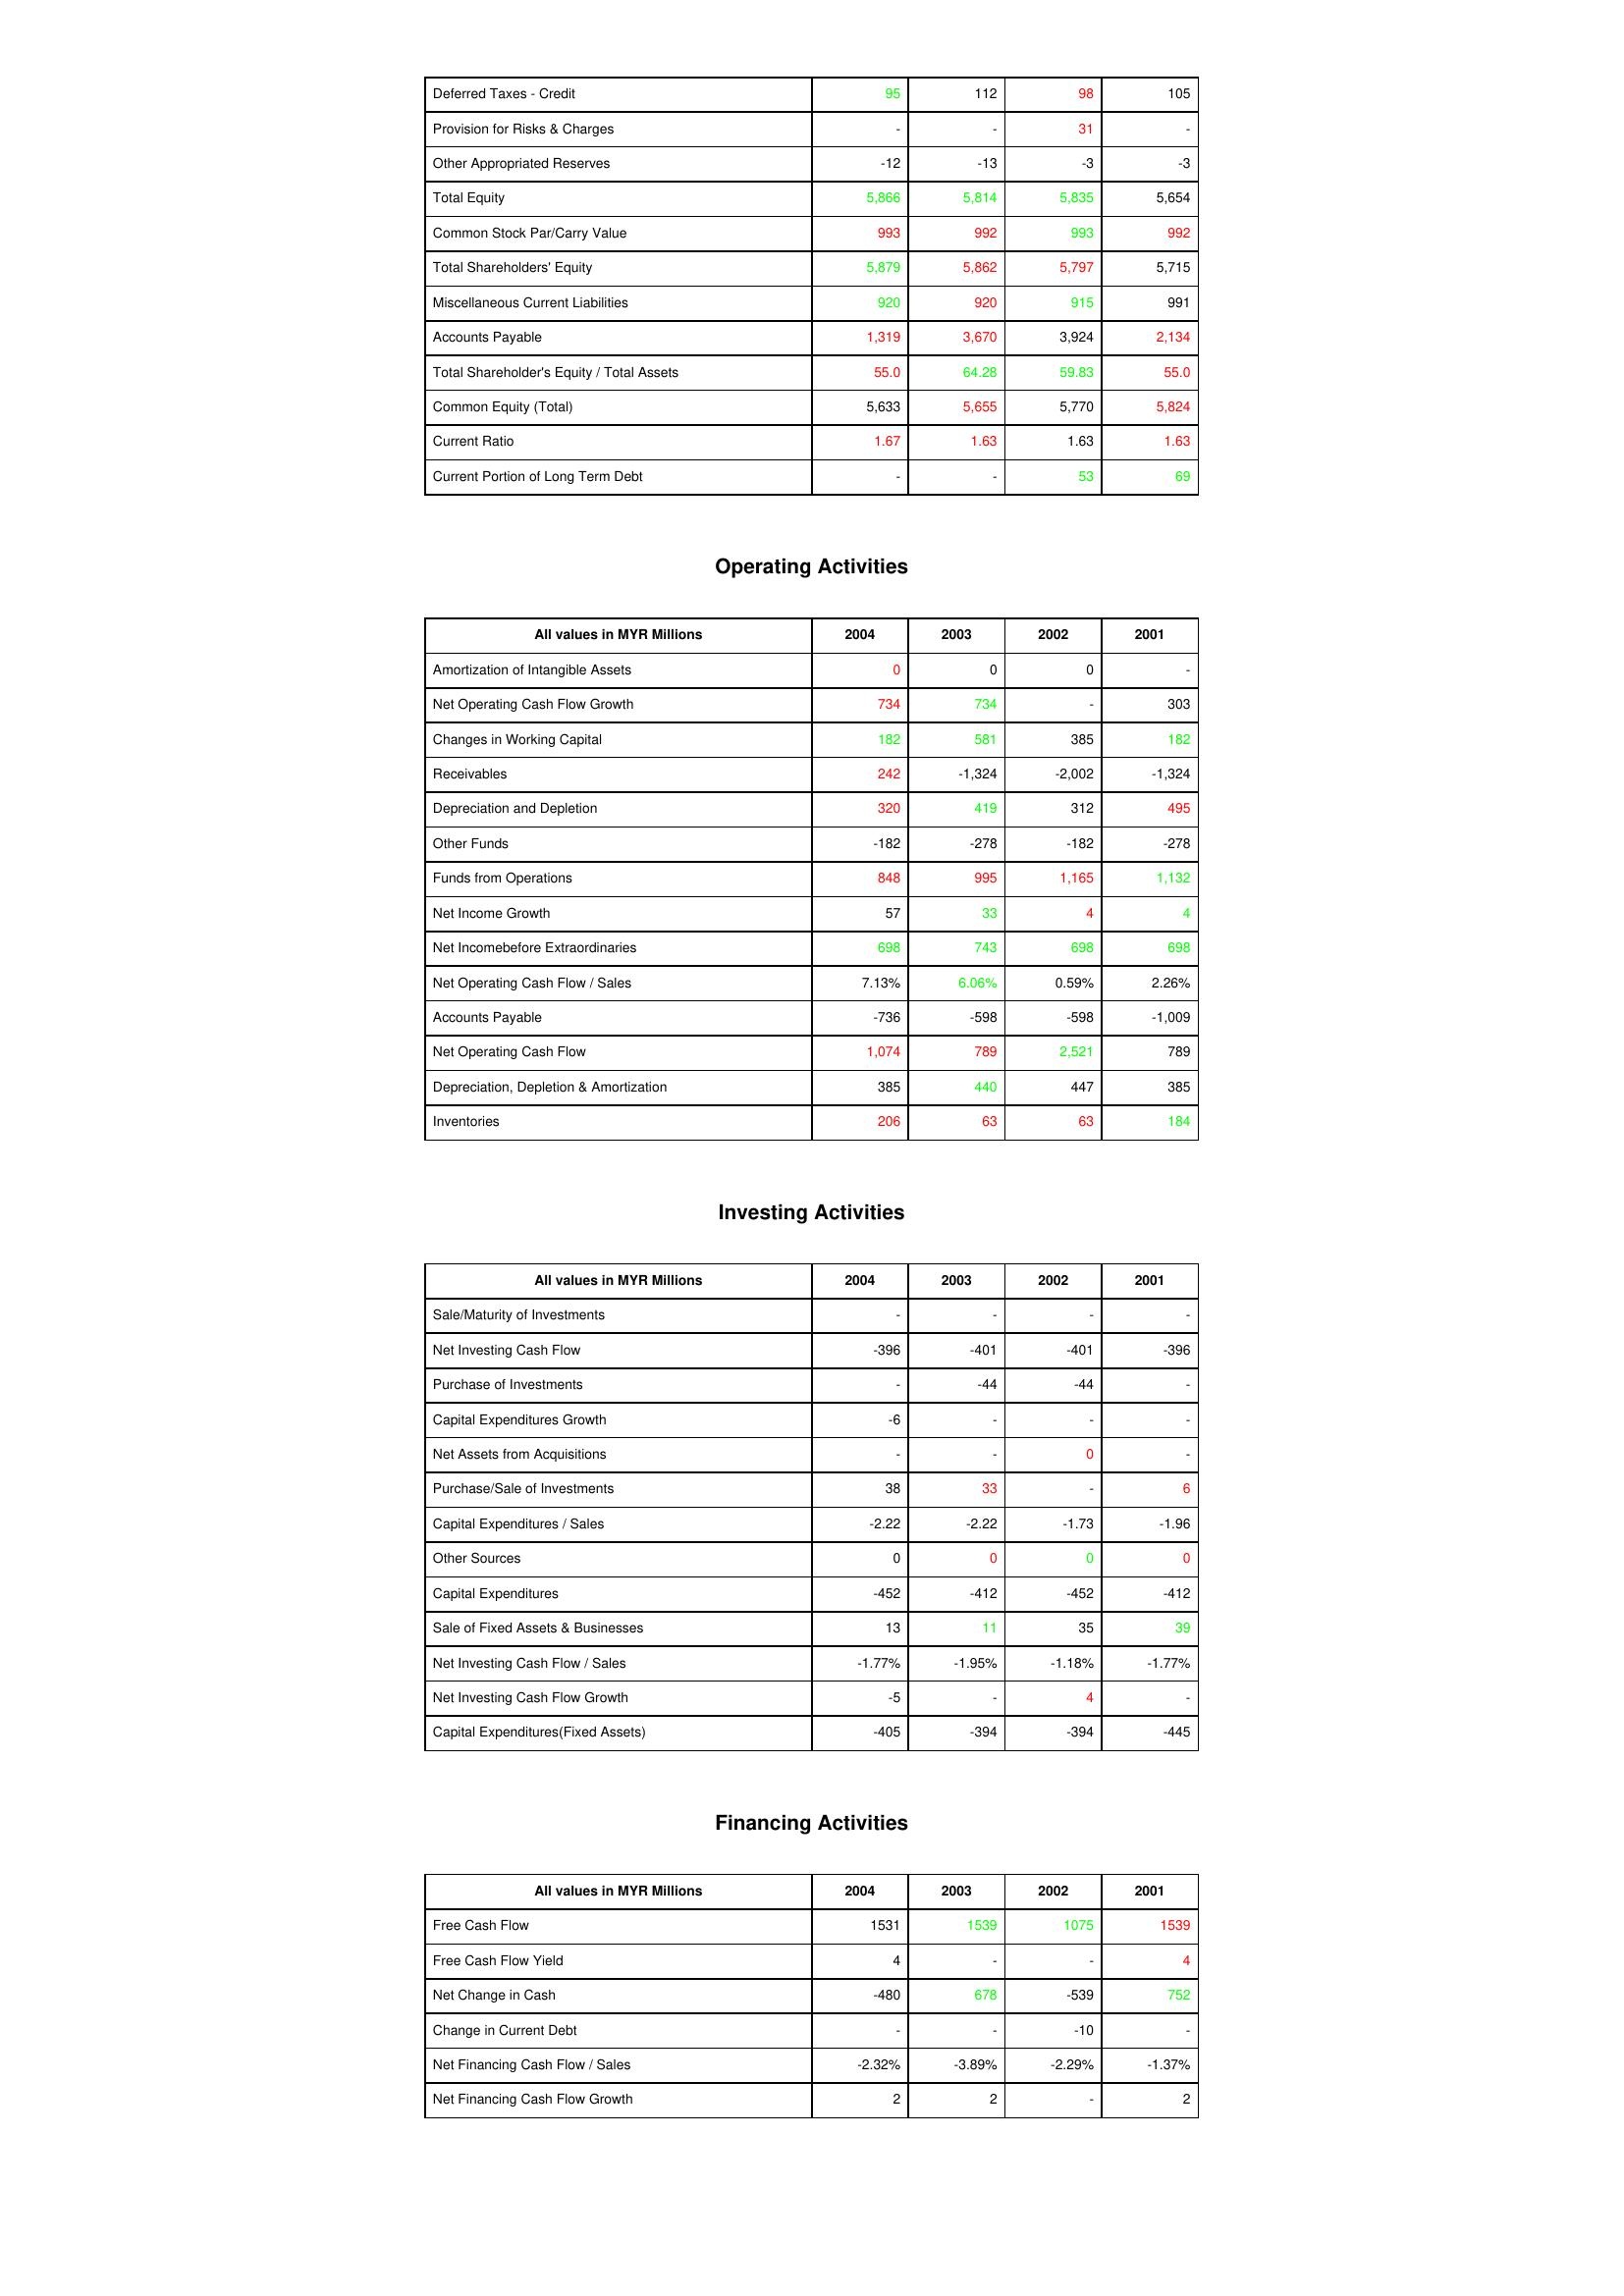
gt_parse: 2004: Liabilities & Shareholder's Equity: Deferred Taxes - Credit: 95
Provision for Risks & Charges: -
Other Appropriated Reserves: -12
Total Equity: 5,866
Common Stock Par/Carry Value: 993
Total Shareholders' Equity: 5,879
Miscellaneous Current Liabilities: 920
Accounts Payable: 1,319
Total Shareholder's Equity / Total Assets: 55.0
Common Equity (Total): 5,633
Current Ratio: 1.67
Current Portion of Long Term Debt: -
Operating Activities: Amortization of Intangible Assets: 0
Net Operating Cash Flow Growth: 734
Changes in Working Capital: 182
Receivables: 242
Depreciation and Depletion: 320
Other Funds: -182
Funds from Operations: 848
Net Income Growth: 57
Net Incomebefore Extraordinaries: 698
Net Operating Cash Flow / Sales: 7.13%
Accounts Payable: -736
Net Operating Cash Flow: 1,074
Depreciation, Depletion & Amortization: 385
Inventories: 206
Investing Activities: Sale/Maturity of Investments: -
Net Investing Cash Flow: -396
Purchase of Investments: -
Capital Expenditures Growth: -6
Net Assets from Acquisitions: -
Purchase/Sale of Investments: 38
Capital Expenditures / Sales: -2.22
Other Sources: 0
Capital Expenditures: -452
Sale of Fixed Assets & Businesses: 13
Net Investing Cash Flow / Sales: -1.77%
Net Investing Cash Flow Growth: -5
Capital Expenditures(Fixed Assets): -405
Financing Activities: Free Cash Flow: 1531
Free Cash Flow Yield: 4
Net Change in Cash: -480
Change in Current Debt: -
Net Financing Cash Flow / Sales: -2.32%
Net Financing Cash Flow Growth: 2
2003: Liabilities & Shareholder's Equity: Deferred Taxes - Credit: 112
Provision for Risks & Charges: -
Other Appropriated Reserves: -13
Total Equity: 5,814
Common Stock Par/Carry Value: 992
Total Shareholders' Equity: 5,862
Miscellaneous Current Liabilities: 920
Accounts Payable: 3,670
Total Shareholder's Equity / Total Assets: 64.28
Common Equity (Total): 5,655
Current Ratio: 1.63
Current Portion of Long Term Debt: -
Operating Activities: Amortization of Intangible Assets: 0
Net Operating Cash Flow Growth: 734
Changes in Working Capital: 581
Receivables: -1,324
Depreciation and Depletion: 419
Other Funds: -278
Funds from Operations: 995
Net Income Growth: 33
Net Incomebefore Extraordinaries: 743
Net Operating Cash Flow / Sales: 6.06%
Accounts Payable: -598
Net Operating Cash Flow: 789
Depreciation, Depletion & Amortization: 440
Inventories: 63
Investing Activities: Sale/Maturity of Investments: -
Net Investing Cash Flow: -401
Purchase of Investments: -44
Capital Expenditures Growth: -
Net Assets from Acquisitions: -
Purchase/Sale of Investments: 33
Capital Expenditures / Sales: -2.22
Other Sources: 0
Capital Expenditures: -412
Sale of Fixed Assets & Businesses: 11
Net Investing Cash Flow / Sales: -1.95%
Net Investing Cash Flow Growth: -
Capital Expenditures(Fixed Assets): -394
Financing Activities: Free Cash Flow: 1539
Free Cash Flow Yield: -
Net Change in Cash: 678
Change in Current Debt: -
Net Financing Cash Flow / Sales: -3.89%
Net Financing Cash Flow Growth: 2
2002: Liabilities & Shareholder's Equity: Deferred Taxes - Credit: 98
Provision for Risks & Charges: 31
Other Appropriated Reserves: -3
Total Equity: 5,835
Common Stock Par/Carry Value: 993
Total Shareholders' Equity: 5,797
Miscellaneous Current Liabilities: 915
Accounts Payable: 3,924
Total Shareholder's Equity / Total Assets: 59.83
Common Equity (Total): 5,770
Current Ratio: 1.63
Current Portion of Long Term Debt: 53
Operating Activities: Amortization of Intangible Assets: 0
Net Operating Cash Flow Growth: -
Changes in Working Capital: 385
Receivables: -2,002
Depreciation and Depletion: 312
Other Funds: -182
Funds from Operations: 1,165
Net Income Growth: 4
Net Incomebefore Extraordinaries: 698
Net Operating Cash Flow / Sales: 0.59%
Accounts Payable: -598
Net Operating Cash Flow: 2,521
Depreciation, Depletion & Amortization: 447
Inventories: 63
Investing Activities: Sale/Maturity of Investments: -
Net Investing Cash Flow: -401
Purchase of Investments: -44
Capital Expenditures Growth: -
Net Assets from Acquisitions: 0
Purchase/Sale of Investments: -
Capital Expenditures / Sales: -1.73
Other Sources: 0
Capital Expenditures: -452
Sale of Fixed Assets & Businesses: 35
Net Investing Cash Flow / Sales: -1.18%
Net Investing Cash Flow Growth: 4
Capital Expenditures(Fixed Assets): -394
Financing Activities: Free Cash Flow: 1075
Free Cash Flow Yield: -
Net Change in Cash: -539
Change in Current Debt: -10
Net Financing Cash Flow / Sales: -2.29%
Net Financing Cash Flow Growth: -
2001: Liabilities & Shareholder's Equity: Deferred Taxes - Credit: 105
Provision for Risks & Charges: -
Other Appropriated Reserves: -3
Total Equity: 5,654
Common Stock Par/Carry Value: 992
Total Shareholders' Equity: 5,715
Miscellaneous Current Liabilities: 991
Accounts Payable: 2,134
Total Shareholder's Equity / Total Assets: 55.0
Common Equity (Total): 5,824
Current Ratio: 1.63
Current Portion of Long Term Debt: 69
Operating Activities: Amortization of Intangible Assets: -
Net Operating Cash Flow Growth: 303
Changes in Working Capital: 182
Receivables: -1,324
Depreciation and Depletion: 495
Other Funds: -278
Funds from Operations: 1,132
Net Income Growth: 4
Net Incomebefore Extraordinaries: 698
Net Operating Cash Flow / Sales: 2.26%
Accounts Payable: -1,009
Net Operating Cash Flow: 789
Depreciation, Depletion & Amortization: 385
Inventories: 184
Investing Activities: Sale/Maturity of Investments: -
Net Investing Cash Flow: -396
Purchase of Investments: -
Capital Expenditures Growth: -
Net Assets from Acquisitions: -
Purchase/Sale of Investments: 6
Capital Expenditures / Sales: -1.96
Other Sources: 0
Capital Expenditures: -412
Sale of Fixed Assets & Businesses: 39
Net Investing Cash Flow / Sales: -1.77%
Net Investing Cash Flow Growth: -
Capital Expenditures(Fixed Assets): -445
Financing Activities: Free Cash Flow: 1539
Free Cash Flow Yield: 4
Net Change in Cash: 752
Change in Current Debt: -
Net Financing Cash Flow / Sales: -1.37%
Net Financing Cash Flow Growth: 2